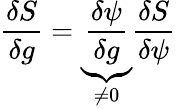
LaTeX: \frac{\delta S}{\delta g}=\underbrace{\frac{\delta\psi}{\delta g}}_{\neq 0}\frac{\delta S}{\delta\psi}